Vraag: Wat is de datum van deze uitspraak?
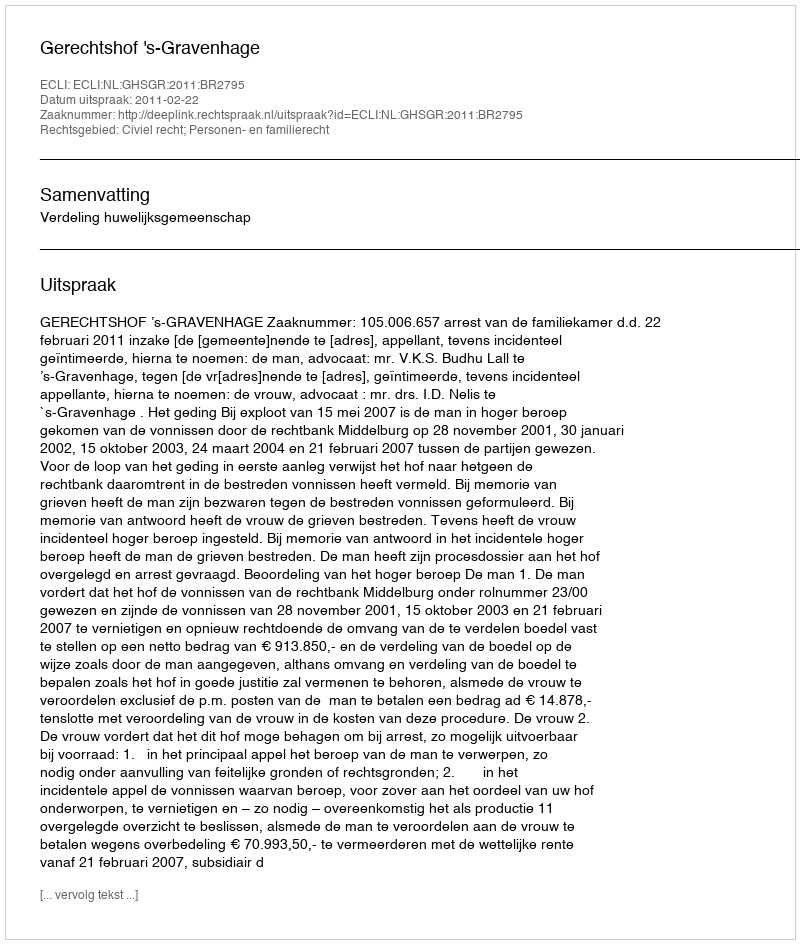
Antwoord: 2011-02-22